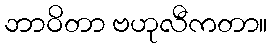
ဘာဝိတာ ဗဟုလီကတာ။